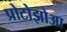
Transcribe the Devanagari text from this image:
प्रोटोझोआ